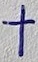
Text: +